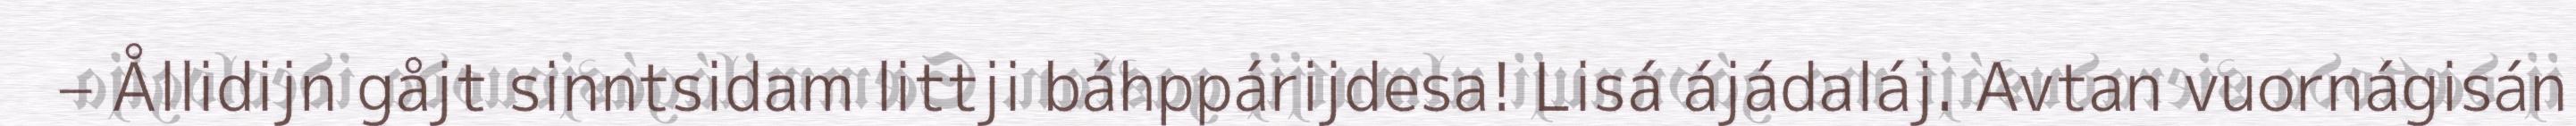
– Ållidijn gåjt sinntsidam littji báhppárijdesa! Lisá ájádaláj. Avtan vuornágisán